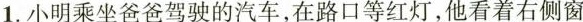
1.小明乘坐爸爸驾驶的汽车，在路口等红灯，他看着右侧窗